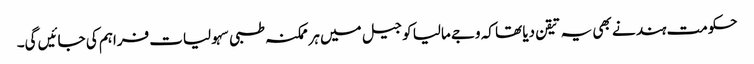
حکومت ہند نے بھی یہ تیقن دیا تھا کہ وجے مالیا کو جیل میں ہر ممکنہ طبی سہولیات فراہم کی جائیں گی۔